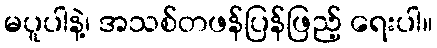
မပူပါနဲ့၊ အသစ်တဖန်ပြန်ဖြည့် ရေးပါ။